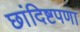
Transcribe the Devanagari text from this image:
छांदिष्टपणा